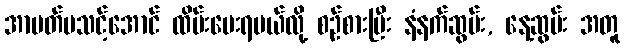
အာပတ်မသင့်အောင် ထိမ်းပေးရမယ်လို့ စဉ်စားပြီး နံနက်ဆွမ်း, နေ့ဆွမ်း အတူ